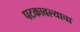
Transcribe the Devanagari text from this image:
पटकावल्याचा